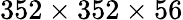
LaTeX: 352\times 352\times 56